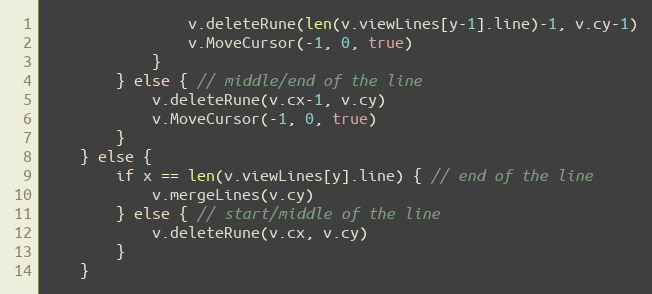
Language: Go
				v.deleteRune(len(v.viewLines[y-1].line)-1, v.cy-1)
				v.MoveCursor(-1, 0, true)
			}
		} else { // middle/end of the line
			v.deleteRune(v.cx-1, v.cy)
			v.MoveCursor(-1, 0, true)
		}
	} else {
		if x == len(v.viewLines[y].line) { // end of the line
			v.mergeLines(v.cy)
		} else { // start/middle of the line
			v.deleteRune(v.cx, v.cy)
		}
	}